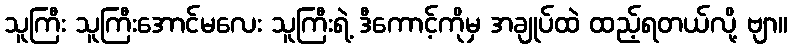
သူကြီး သူကြီးအောင်မလေး သူကြီးရဲ့ ဒီကောင့်ကိုမှ အချုပ်ထဲ ထည့်ရတယ်လို့ ဗျာ။